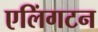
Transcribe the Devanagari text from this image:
एलिंगटन